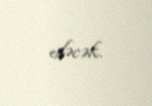
edəcək.